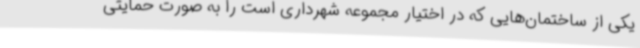
یکی از ساختمان‌هایی که در اختیار مجموعه شهرداری است را به صورت حمایتی